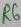
Text: R6